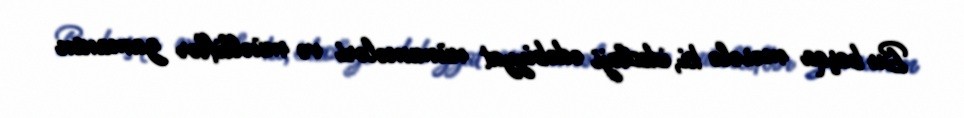
Bu başqa məsələ ki, ideoloji ədəbiyyat nümunələri və müəlliflər zamanın